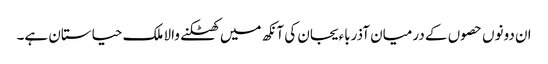
ان دونوں حصوں کے درمیان آذرباءیجان کی آنکھ میں کھٹکنے والا ملک حیاستان ہے۔